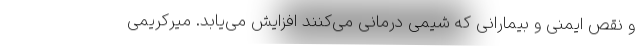
و نقص ایمنی و بیمارانی که شیمی درمانی می‌کنند افزایش می‌یابد. میرکریمی